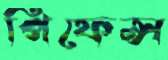
পিফেন্স